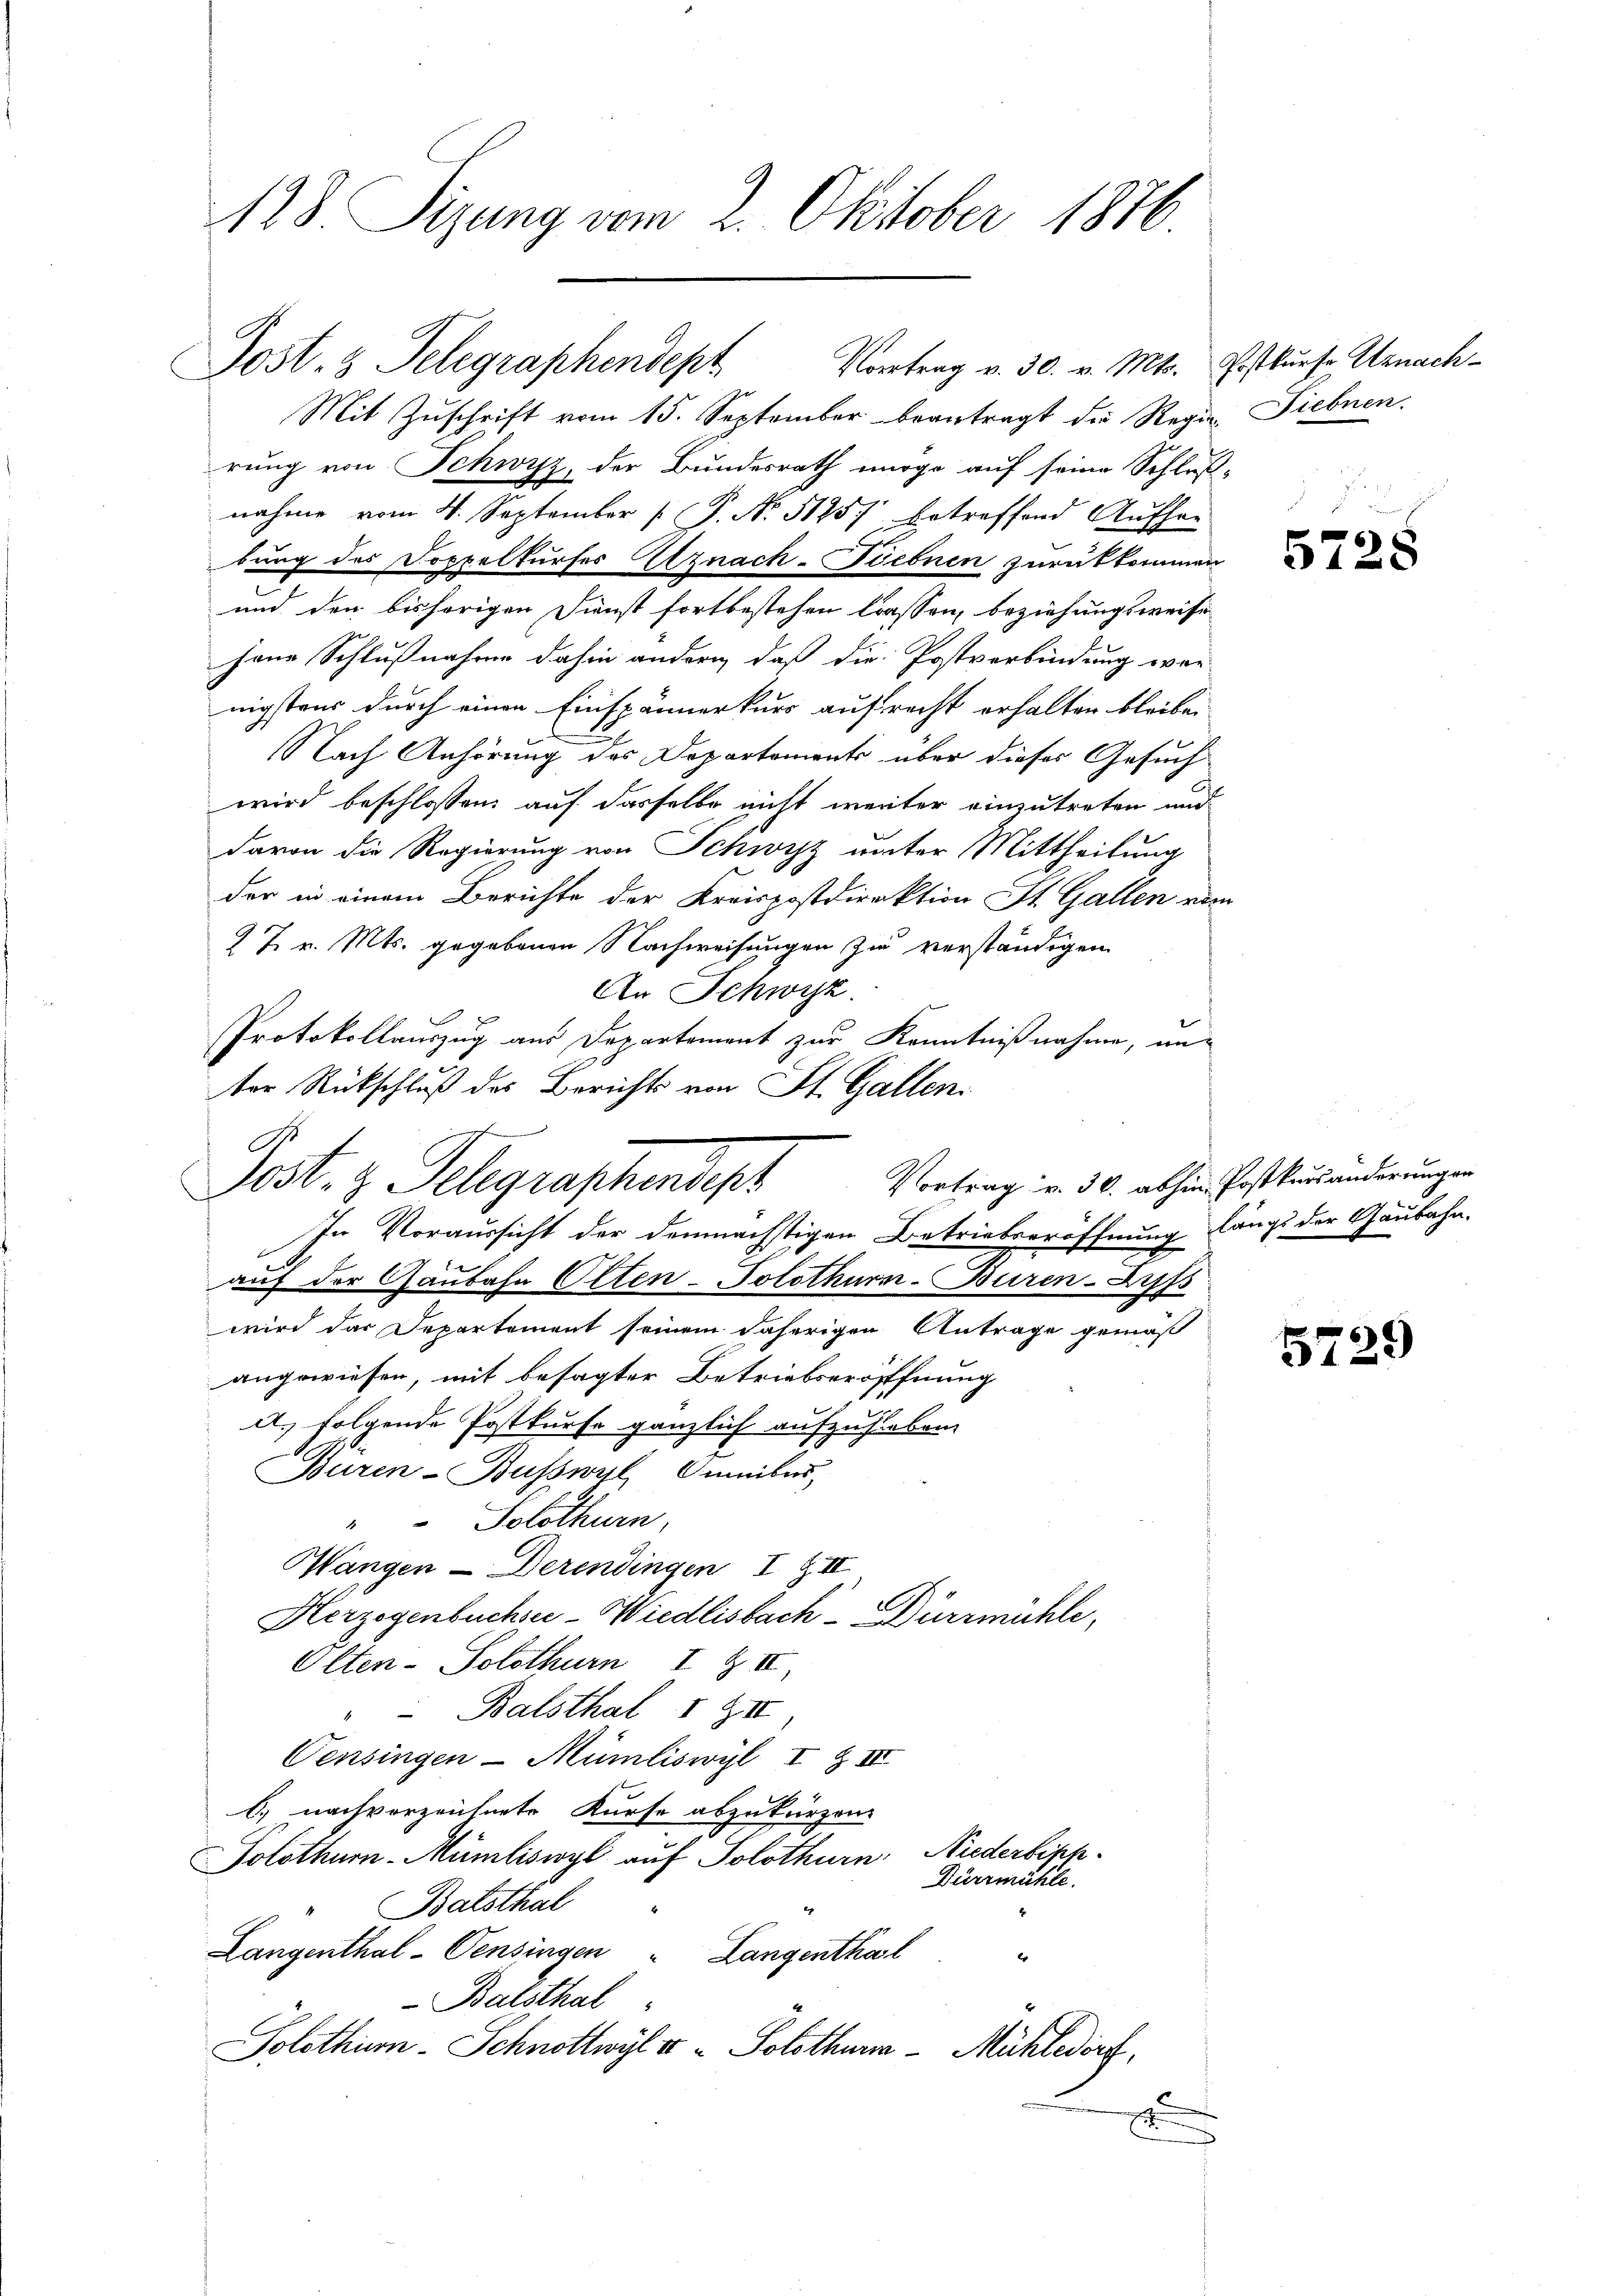
128. Sizung vom 2. Oktober 1876.

Post- & Telegraphendept Vortrag v. 30. v. Mts. Erstkurse Unnach¬

Mit Zuschrift vom 15. September beantragt die Regier- Siebnen.
rung von Schwyz, der Bundesrath nirge auf seine Schlußnahme vom 4. September [ P. No 51257 betreffend Aufher
bung des Doppelkurses Atznach-Tiebnen zurükkommen
und den bisherigen Sienst fortbestehen lassen, beziehungsweise
jene Schlußnahme dahin andern, daß die Postverbindung war
nigstens durch einen Einspännerkurs aufrecht erhalten bleibe.
NNach Anhörung des Departements über dieses Gesuch
wird beschlossen auf dasselbe nicht weiter einzutreten und
davon die Regierung von Schwyz unter Mittheilung
der in einem Berichte der Kreispostdirektion St. Gallen ein
27 v. Mts. gegebenen Nachweisungen zu verständigen
An Schwyz.
Protokollauszug aus Departement zur Kenntnißnahme, un-
ter Rückschluß des Berichts von St. Gallen.
G
auf der Gaubahn Olten-Solothurn-Buren-Zuss
wird das Departement seinem daherigen Antrage gemäß
angewiesen, mit besagter Betriebseröfffnung
d. folgende Postkurse gänzlich aufzuheben.
Buren-Buswyl Omnibus,
" Solothurn,
Mangen - Derendingen I & II
Herzogenbuchse-Wiedlisbach - Dürrmühle,
Olten - Solothurn I & I
Balsthal 1 Z III.
Censingen-Mümliswyl I & III
C) nach vorzeichnete Kurse abzukürzen.
Solothurn-Mümliswyl auf Solothurn, Niederbipp-
Dürrmühle.
Balsthal
Langenthal-Pensingen " Langenthal
Er
Balsthal
Solothur - Schnottwyl er - Solothurm - Mühledorf,
E

Post. z. Telegraphendepr
In Voraussicht der demnächstigen Betriebseröffnung längs der Gaubahn.

5728

Vortrag v. 30. abhin Postkursänderungen

5729